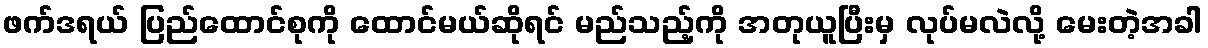
ဖက်ဒရယ် ပြည်ထောင်စုကို ထောင်မယ်ဆိုရင် မည်သည့်ကို အတုယူပြီးမှ လုပ်မလဲလို့ မေးတဲ့အခါ